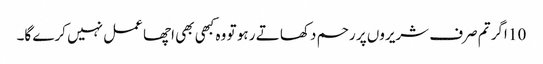
10 اگر تم صرف شریروں پر رحم دکھا تے ر ہو تو وہ کبھی بھی اچھا عمل نہیں کرے گا۔